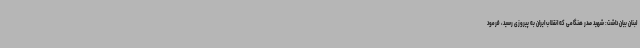
لبنان بیان داشت: شهید صدر هنگامی که انقلاب ایران به پیروزی رسید، فرمود